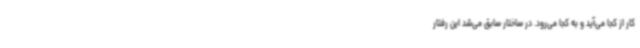
کار از کجا می‌آید و به کجا می‌رود. در ساختار سابق می‌شد این رفتار